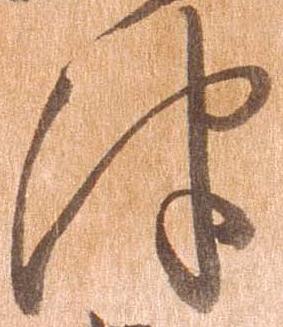
津